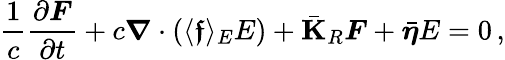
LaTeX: \frac{1}{c}\frac{\partial\boldsymbol{F}}{\partial t}+c\boldsymbol{\nabla}\cdot(\langle\boldsymbol{\mathfrak{f}}\rangle_{E}E)+\bar{\mathbf{K}}_{R}\boldsymbol{F}+\bar{\boldsymbol{\eta}}E=0\, ,